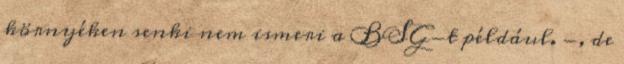
környéken senki nem ismeri a BSG-t például. -, de